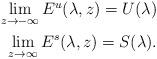
LaTeX: \begin{align*}\begin{aligned}\lim\limits_{z\rightarrow-\infty}E^u(\lambda,z)=U(\lambda)\\\lim\limits_{z\rightarrow\infty}E^s(\lambda,z)=S(\lambda).\end{aligned}\end{align*}